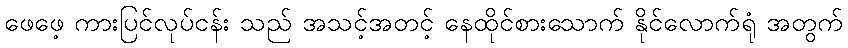
ဖေဖေ့ ကားပြင်လုပ်ငန်း သည် အသင့်အတင့် နေထိုင်စားသောက် နိုင်လောက်ရုံ အတွက်